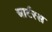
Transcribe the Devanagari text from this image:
चार्टरस